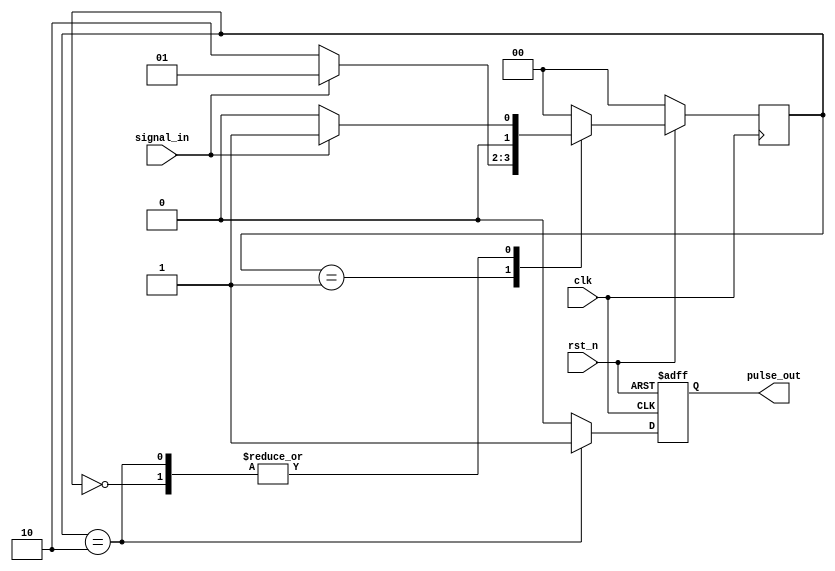
// This program was cloned from: https://github.com/cxdzyq1110/posture_recognition_CNN
// License: GNU General Public License v3.0

module altera_edge_detector #(
parameter PULSE_EXT = 0, // 0, 1 = edge detection generate single cycle pulse, >1 = pulse extended for specified clock cycle
parameter EDGE_TYPE = 0, // 0 = falling edge, 1 or else = rising edge
parameter IGNORE_RST_WHILE_BUSY = 0  // 0 = module internal reset will be default whenever rst_n asserted, 1 = rst_n request will be ignored while generating pulse out
) (
input      clk,
input      rst_n,
input      signal_in,
output     pulse_out
);

localparam IDLE = 0, ARM = 1, CAPT = 2;
localparam SIGNAL_ASSERT   = EDGE_TYPE ? 1'b1 : 1'b0;
localparam SIGNAL_DEASSERT = EDGE_TYPE ? 1'b0 : 1'b1;

reg [1:0] state, next_state;
reg       pulse_detect;
wire      busy_pulsing;

assign busy_pulsing = (IGNORE_RST_WHILE_BUSY)? pulse_out : 1'b0;
assign reset_qual_n = rst_n | busy_pulsing;

generate
if (PULSE_EXT > 1) begin: pulse_extend
  integer i;
  reg [PULSE_EXT-1:0] extend_pulse;
  always @(posedge clk or negedge reset_qual_n) begin
    if (!reset_qual_n)
      extend_pulse <= {{PULSE_EXT}{1'b0}};
    else begin
      for (i = 1; i < PULSE_EXT; i = i+1) begin
        extend_pulse[i] <= extend_pulse[i-1];
        end
      extend_pulse[0] <= pulse_detect;
      end
    end
  assign pulse_out = |extend_pulse;
  end
else begin: single_pulse
  reg pulse_reg;
  always @(posedge clk or negedge reset_qual_n) begin
    if (!reset_qual_n)
      pulse_reg <= 1'b0;
    else
      pulse_reg <= pulse_detect;
    end
  assign pulse_out = pulse_reg;
  end
endgenerate

always @(posedge clk) begin
  if (!rst_n)
    state <= IDLE;
  else
    state <= next_state;
end

// edge detect
always @(*) begin
  next_state = state;
  pulse_detect = 1'b0;
  case (state)
    IDLE : begin
           pulse_detect = 1'b0;
           if (signal_in == SIGNAL_DEASSERT) next_state = ARM;
           else next_state = IDLE;
           end
    ARM  : begin
           pulse_detect = 1'b0;
           if (signal_in == SIGNAL_ASSERT)   next_state = CAPT;
           else next_state = ARM;
           end
    CAPT : begin
           pulse_detect = 1'b1;
           if (signal_in == SIGNAL_DEASSERT) next_state = ARM;
           else next_state = IDLE;
           end
    default : begin
           pulse_detect = 1'b0;
           next_state = IDLE;
           end
  endcase
end

endmodule